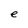
Character: e